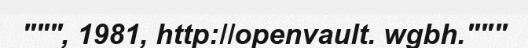
""", 1981, http://openvault. wgbh."""